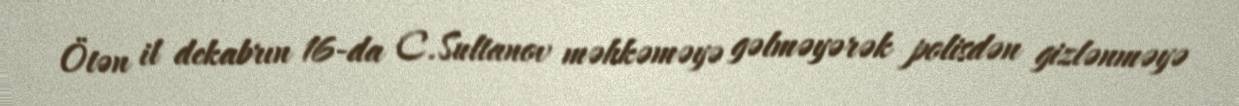
Ötən il dekabrın 16-da C.Sultanov məhkəməyə gəlməyərək polisdən gizlənməyə